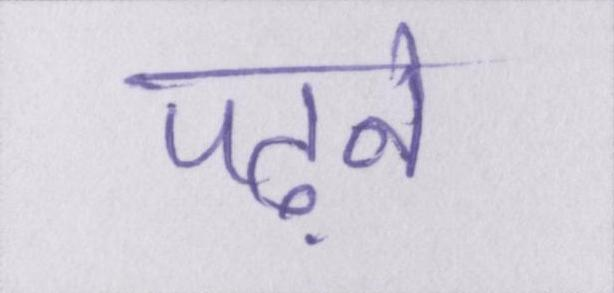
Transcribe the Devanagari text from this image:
पढ़ने